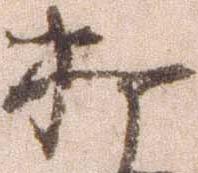
打